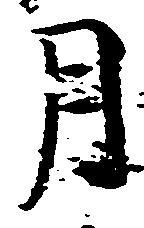
月